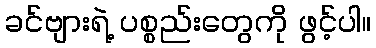
ခင်ဗျားရဲ့ ပစ္စည်းတွေကို ဖွင့်ပါ။